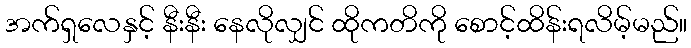
အက်ရှလေနှင့် နီးနီး နေလိုလျှင် ထိုကတိကို စောင့်ထိန်းရလိမ့်မည်။